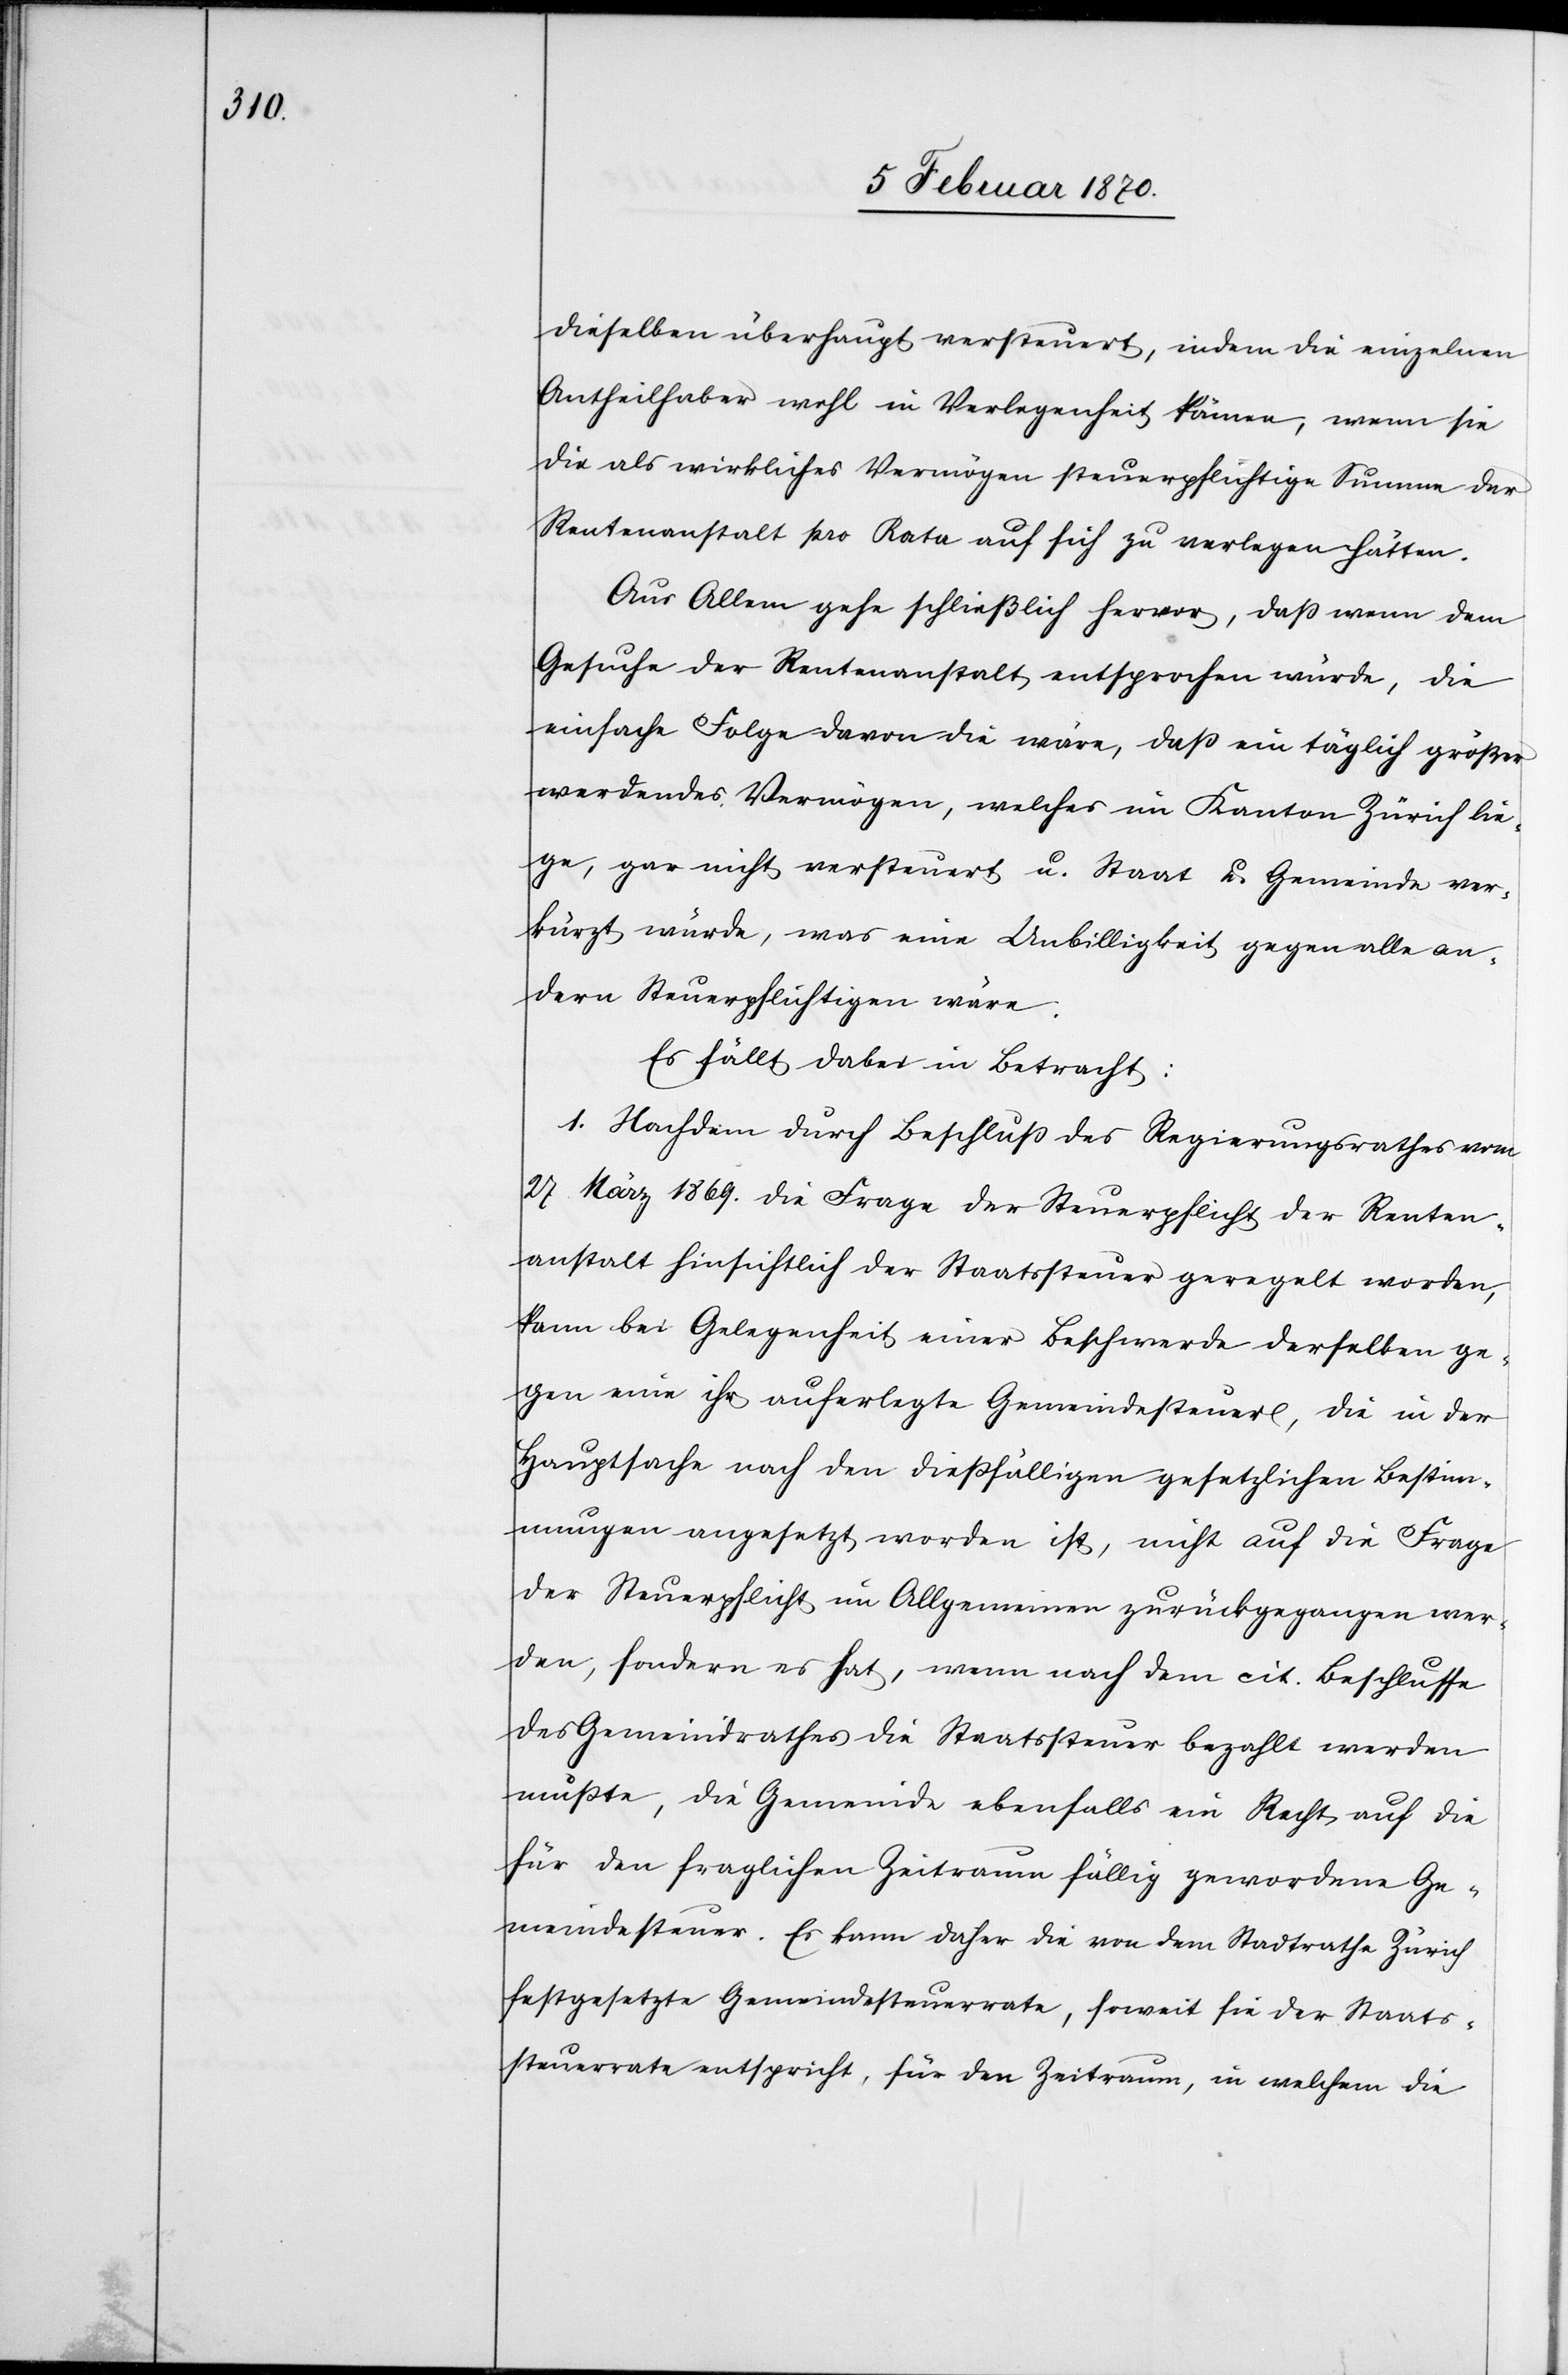
dieselben überhaupt versteuert, indem die einzelnen
Antheilhaber wohl in Verlegenheit kämen, wenn sie
die als wirkliches Vermögen steuerpflichtige Summe der
Rentenanstalt pro Rata auf sich zu verlegen hätten.
Aus Allem gehe schließlich hervor, dass wenn dem
Gesuche der Rentenanstalt entsprochen würde, die
einfache Folge davon die wäre, dass ein täglich größer
werdendes Vermögen, welches im Kanton Zürich lie¬
ge, gar nicht versteuert u. Staat u. Gemeinde ver¬
kürzt würde, was eine Unbilligkeit gegen alle an¬
dern Steuerpflichtigen wäre.
Es fällt dabei in Betracht:
1. Nachdem durch Beschluss des Regierungsrathes vom
27 März 1869. die Frage der Steuerpflicht der Renten¬
anstalt hinsichtlich der Staatssteuer geregelt worden,
kann bei Gelegenheit einer Beschwerde derselben ge¬
gen eine ihr auferlegte Gemeindesteuer, die in der
Hauptsache nach den diessfälligen gesetzlichen Bestim¬
mungen angesetzt worden ist, nicht auf die Frage
der Steuerpflicht im Allgemeinen zurückgegangen wer¬
den, sondern es hat, wenn nach dem cit. Beschlusse
des Gemeindrathes die Staatssteuer bezahlt werden
musste, die Gemeinde ebenfalls ein Recht auf die
für den fraglichen Zeitraum fällig gewordene Ge¬
meindesteuer. Es kann daher die von dem Stadtrathe Zürich
festgesetzte Gemeindesteuerrate, soweit sie der Staats¬
steuerrate entspricht, für den Zeitraum, in welchem die